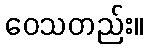
ဝေသတည်း။